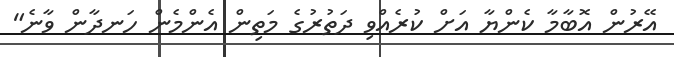
އޭރުން އޮބާމާ ކެންޔާ އަށް ކުރެއްވި ދަތުރުގެ މަތިން އެންމެން ހަނދާން ވާނެ"